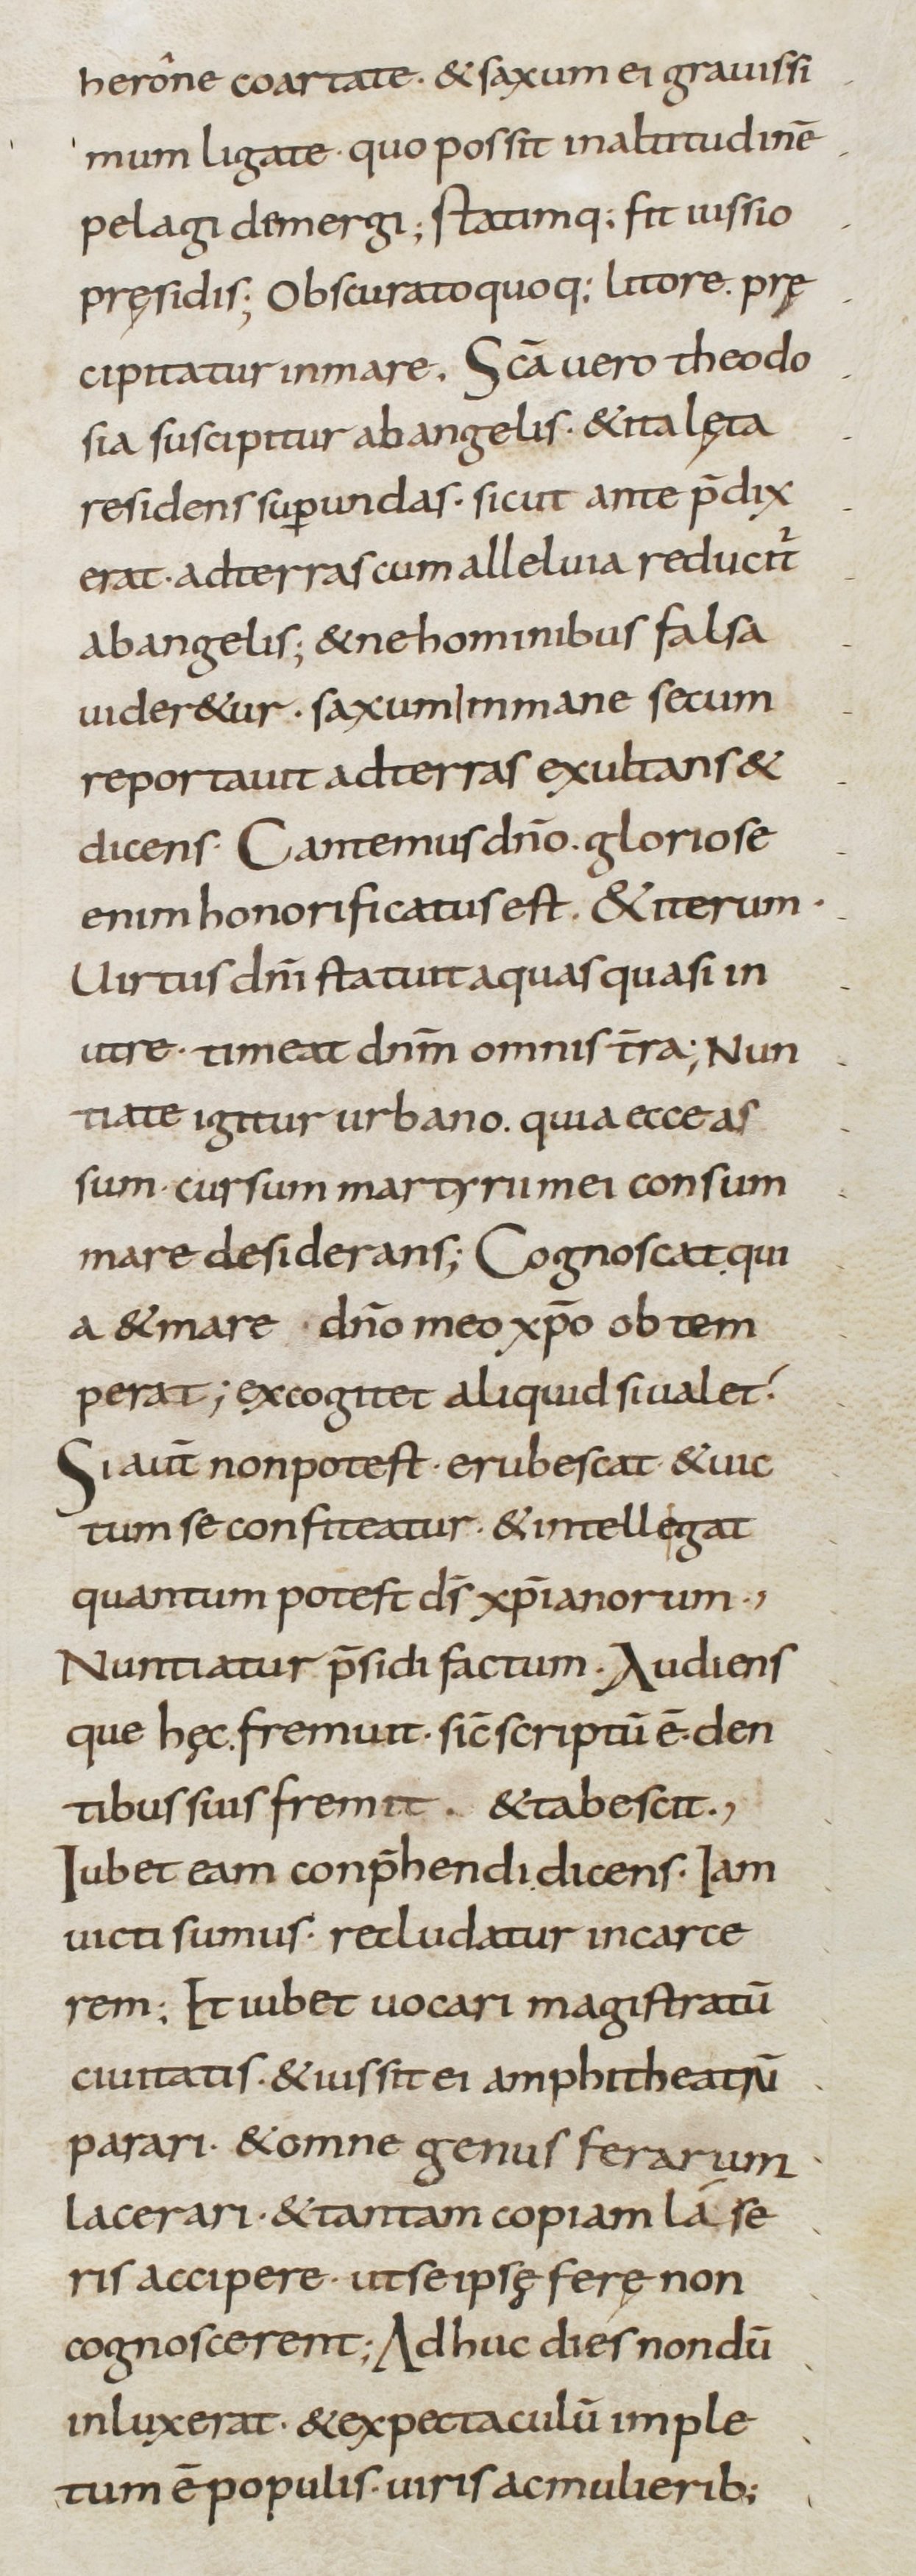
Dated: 800–899